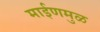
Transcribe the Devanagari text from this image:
माईणमुळ